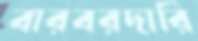
বারবরদারি